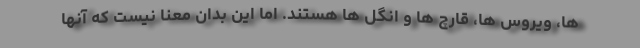
ها، ویروس ها، قارچ ها و انگل ها هستند. اما این بدان معنا نیست که آنها